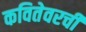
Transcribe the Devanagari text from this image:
कवितेवरची